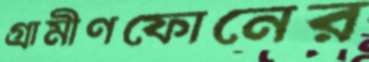
গ্রামীণফোনের